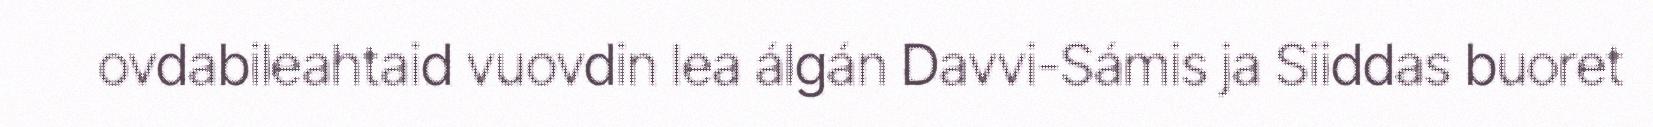
ovdabileahtaid vuovdin lea álgán Davvi-Sámis ja Siiddas buoret